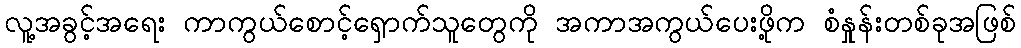
လူ့အခွင့်အရေး ကာကွယ်စောင့်ရှောက်သူတွေကို အကာအကွယ်ပေးဖို့က စံနှုန်းတစ်ခုအဖြစ်